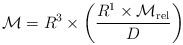
\begin{align*}{\cal M} = R^3 \times \left({ R^1 \times {\cal M}_{\rm rel} \over D} \right )\end{align*}